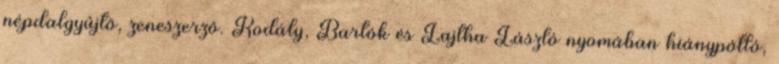
népdalgyûjtõ, zeneszerzõ. Kodály, Bartók és Lajtha László nyomában hiánypótló,